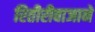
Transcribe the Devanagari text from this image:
रितीरीवाजाने